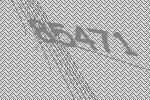
85471